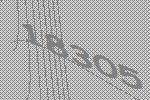
18305